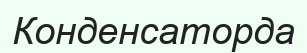
Конденсаторда